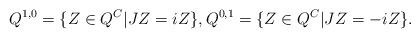
LaTeX: \begin{align*}Q^{1,0}=\{Z\in Q^C|JZ=iZ\},Q^{0,1}=\{Z\in Q^C | JZ=-iZ\}.\end{align*}